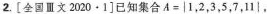
2.[全国Ⅲ文2020·1]已知集合$$ A=|1，2，3，5，7，11| $$，